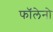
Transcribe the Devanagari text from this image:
फॉलेनो